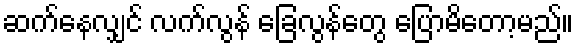
ဆက်နေလျှင် လက်လွန် ခြေလွန်တွေ ပြောမိတော့မည်။